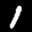
Label: 1